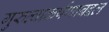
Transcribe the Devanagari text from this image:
गुरुत्वाकर्षणाबद्दल